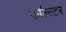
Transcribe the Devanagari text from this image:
फ़ॉल्स्टर